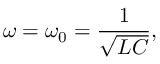
\omega = \omega _ { 0 } = { \frac { 1 } { \sqrt { L C } } } ,